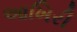
આખિરી